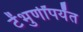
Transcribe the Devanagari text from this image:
टेंभुर्णींपर्यंत